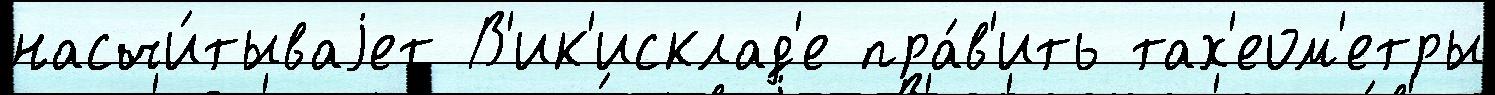
насчи́тываjет В'ик'исклад'е пра́в'ить тах'еом'етры